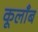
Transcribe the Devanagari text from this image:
कूलाँब